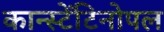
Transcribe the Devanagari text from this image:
कान्स्टेंटिनोपल